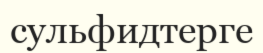
сульфидтерге